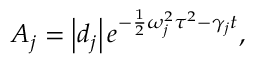
A _ { j } = \left| d _ { j } \right| e ^ { - \frac { 1 } { 2 } \omega _ { j } ^ { 2 } \tau ^ { 2 } - \gamma _ { j } t } ,